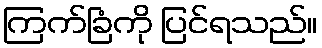
ကြက်ခြံကို ပြင်ရသည်။